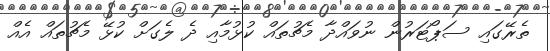
ތެރޭގައި ސަޕޯޓަރުން ނުވައްދާ މެޗުތައް ކުޅުމާއި ދެ ލެގަށް ކުޅޭ މެޗުތައް އެއް